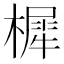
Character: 樨